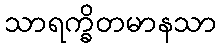
သာရက္ခိတမာနသာ